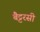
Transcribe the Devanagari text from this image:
बैट्टरसी